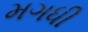
મગધી